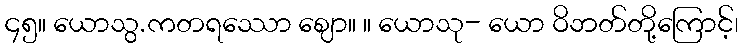
၄၅။ ယောသွ.ကတရဿော ဈော။ ။ ယောသု- ယော ဝိဘတ်တို့ကြောင့်၊